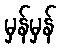
မှန်မှန်